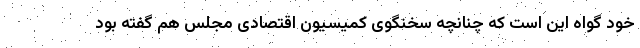
خود گواه این است که چنانچه سخنگوی کمیسیون اقتصادی مجلس هم گفته بود